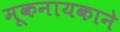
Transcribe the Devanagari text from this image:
मूकनायकाने